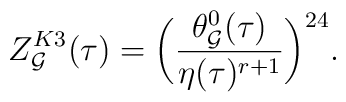
Z^{K3}_{\cal G}(\tau)=\biggl(\frac{\theta_{\cal G}^{0}(\tau)}{\eta(\tau)^{r+1}}\biggr)^{24}.